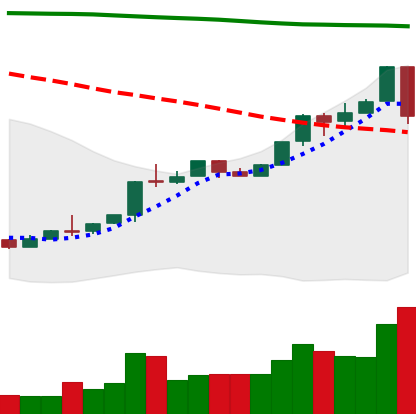
Ticker: ETH-USD
Chart end date: 2018-04-25
Forward return: 8.857%
Label: up_7plus